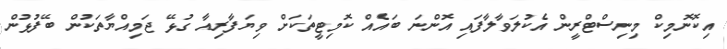
އިކޮނޮމިކް މިނިސްޓްރީން އެކުލަވާލާފައި އޮންނަ ބައެއް ކޮމިޓީތަކަށް ވިޔަފާރިއާ ގުޅޭ ޖަމިއްޔާތަކުން ބޭފުޅުން